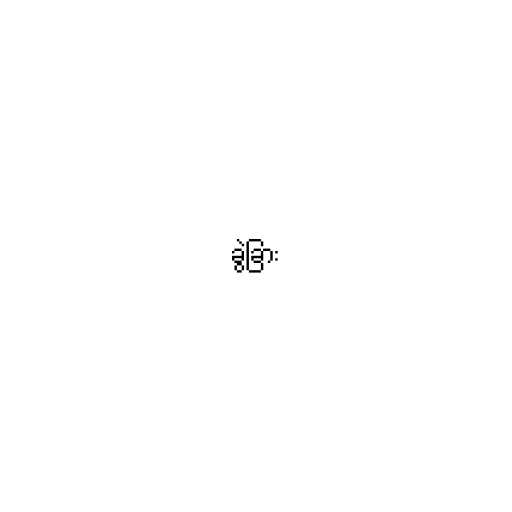
ခွဲခြား